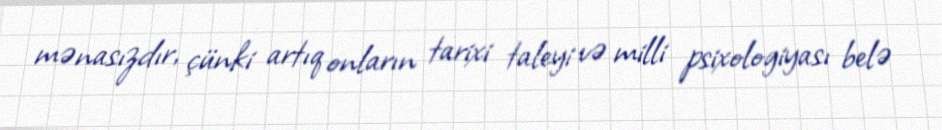
mənasızdır, çünki artıq onların tarixi taleyi və milli psixologiyası belə